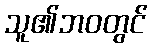
သူ၏ဘဝတွင်